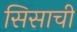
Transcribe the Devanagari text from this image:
सिसाची